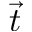
\vec { t }